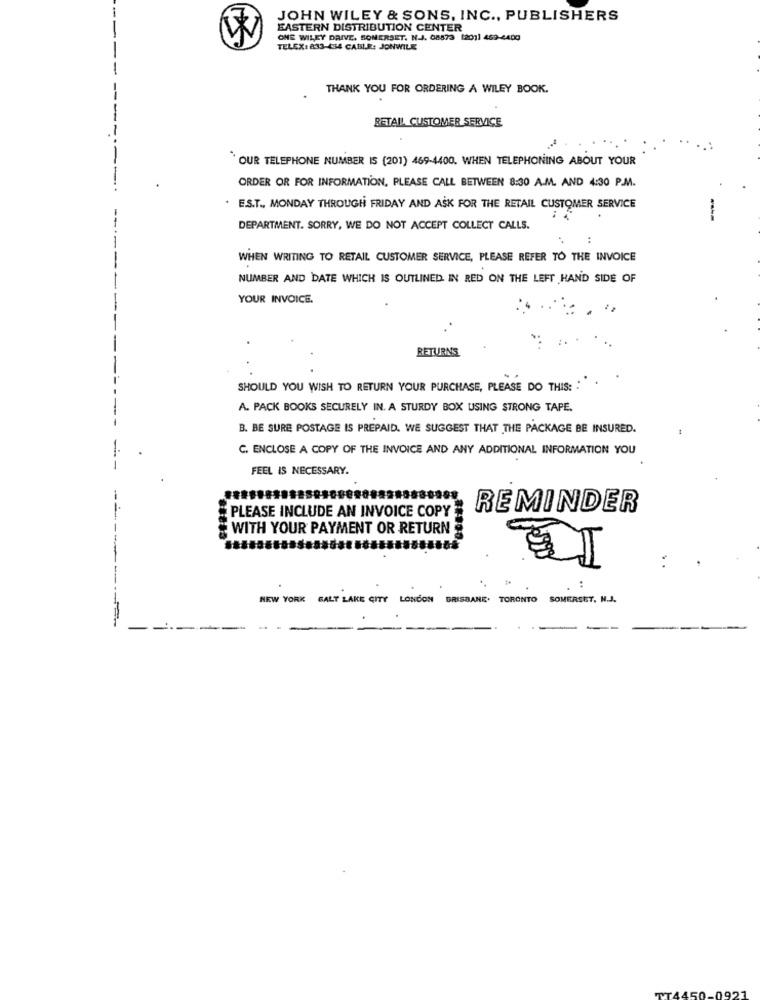
JOHN WILEY & SONS, INC ., PUBLISHERS
EASTERN DISTRIBUTION CENTER
W
ONE WILEY DRIVE, SOMERSET. N.J. 68873 [2011 469-4400
TELEX: 833-434 CABLE: JONWILE
THANK YOU FOR ORDERING A WILEY BOOK.
RETAIL CUSTOMER SERVICE
OUR TELEPHONE NUMBER IS (201) 469-4400. WHEN TELEPHONING ABOUT YOUR
ORDER OR FOR INFORMATION, PLEASE CALL BETWEEN 8:30 A.M. AND 4:30 P.M.
. E.S.T ., MONDAY THROUGH FRIDAY AND ASK FOR THE RETAIL CUSTOMER SERVICE
-
DEPARTMENT. SORRY, WE DO NOT ACCEPT COLLECT CALLS.
:
WHEN WRITING TO RETAIL CUSTOMER SERVICE, PLEASE REFER TO THE INVOICE
NUMBER AND DATE WHICH IS OUTLINED. IN RED ON THE LEFT HAND SIDE OF
YOUR INVOICE.
RETURNS
SHOULD YOU WISH TO RETURN YOUR PURCHASE, PLEASE DO THIS: :
A. PACK BOOKS SECURELY IN. A STURDY BOX USING STRONG TAPE.
B. BE SURE POSTAGE IS PREPAID. WE SUGGEST THAT THE PACKAGE BE INSURED.
C. ENCLOSE A COPY OF THE INVOICE AND ANY ADDITIONAL INFORMATION YOU
FEEL IS NECESSARY.
PLEASE INCLUDE AN INVOICE COPY
REMINDER
WITH YOUR PAYMENT OR RETURN
:
NEW YORK
SALT LAKE CITY LONDON BRISBANE. TORONTO SOMERSET, N.J.
--